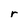
Character: r